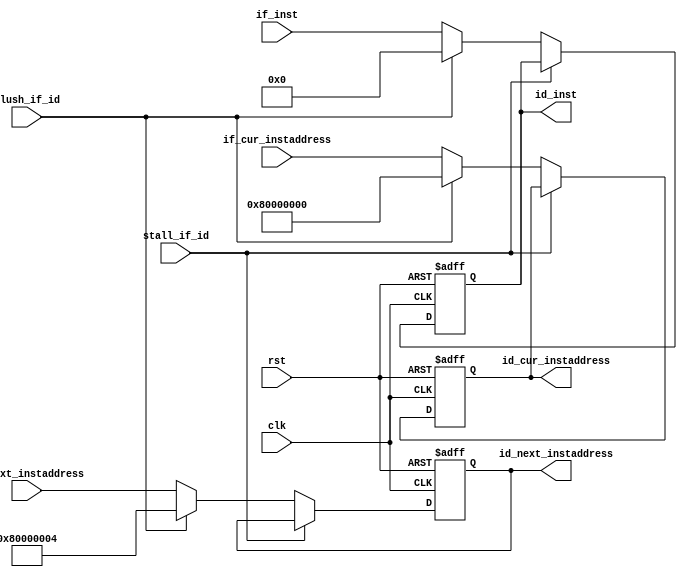
module if_id(
    input clk,
    input rst,
    input stall_if_id,    
    (* dont_touch = "1" *)input [31:0] if_inst,
    (* dont_touch = "1" *)input [31:0] if_cur_instaddress,                    //jal
    (* dont_touch = "1" *)input [31:0] if_next_instaddress,            //+4
    input flush_if_id,                            //
    (* dont_touch = "1" *)output reg [31:0] id_inst,
    (* dont_touch = "1" *)output reg [31:0] id_cur_instaddress,
    (* dont_touch = "1" *)output reg [31:0] id_next_instaddress
);

always @(posedge clk or posedge rst) begin
    if(rst == 1'b1) begin
        id_inst <= 32'h00000000;
        id_cur_instaddress <= 32'h80000000;
        id_next_instaddress <= 32'h80000004;
    end
    else if (stall_if_id == 1'b0) begin 
        if (flush_if_id == 1'b1) begin
            id_inst <= 32'h00000000;
            id_cur_instaddress <= 32'h80000000;
            id_next_instaddress <= 32'h80000004;
        end
        else begin 
            id_inst <= if_inst;
            id_cur_instaddress <= if_cur_instaddress;
            id_next_instaddress <= if_next_instaddress;
        end
    end 
end

endmodule